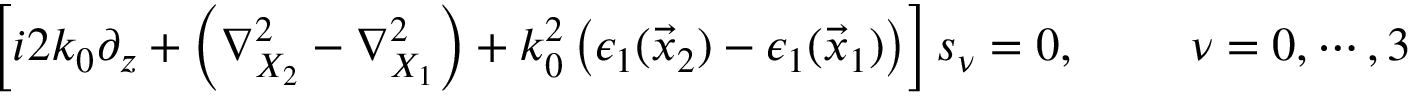
\begin{array} { r } { \left[ i 2 k _ { 0 } \partial _ { z } + \left( \nabla _ { X _ { 2 } } ^ { 2 } - \nabla _ { X _ { 1 } } ^ { 2 } \right) + k _ { 0 } ^ { 2 } \left( \epsilon _ { 1 } ( \vec { x } _ { 2 } ) - \epsilon _ { 1 } ( \vec { x } _ { 1 } ) \right) \right] s _ { \nu } = 0 , \, \, \, \, \, \, \, \, \, \, \, \, \, \, \nu = 0 , \cdots , 3 } \end{array}